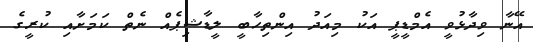
އޭނާ ވިދާޅުވީ އެމްޑީޕީ އަކު މިއަދު އިންތިހާބީ ލީޑާޝިޕެއް ނެތް ކަމަށާއި ކުރީގެ